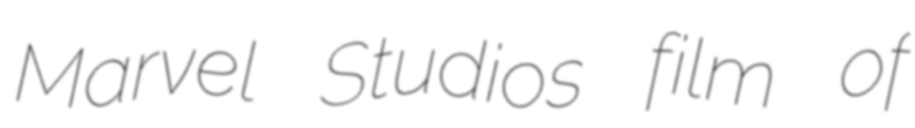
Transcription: Marvel Studios film of